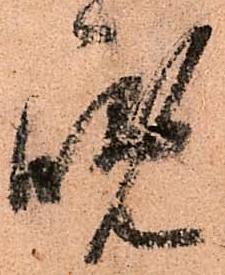
晩